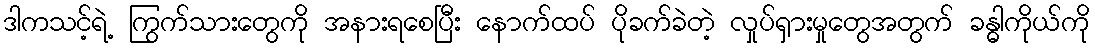
ဒါကသင့်ရဲ့ ကြွက်သားတွေကို အနားရစေပြီး နောက်ထပ် ပိုခက်ခဲတဲ့ လှုပ်ရှားမှုတွေအတွက် ခန္ဓါကိုယ်ကို